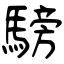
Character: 騯